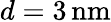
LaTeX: d=3{\mathrm{\, nm}}